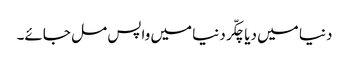
دنیا میں دیا چکّر دنیا میں واپس مل جائے۔